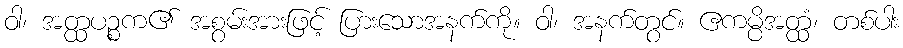
ဝါ၊ အတ္ထပဉ္စက၏ အစွမ်းအားဖြင့် ပြားသောအနက်ကို။ ဝါ၊ အနက်တွင်။ ဧကမ္ပိအတ္ထံ၊ တစ်ပါး